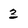
Character: 3